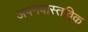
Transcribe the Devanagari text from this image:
अपनवास्तविक